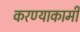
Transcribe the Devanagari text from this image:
करण्याकामी